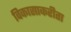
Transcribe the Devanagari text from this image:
विकासाकरीता